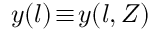
y ( l ) \! \equiv \! y ( l , Z )